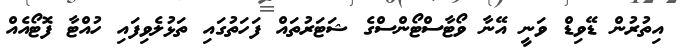
އިތުރުން ޑޭވިޑް ވަނީ އޭނާ ވޯޓާސްޓޯންސްގެ ޝަޓަރުތައް ފަހަތުގައި ތަޅުލެވިފައި ހުއްޓާ ފޮޓޯއެއް